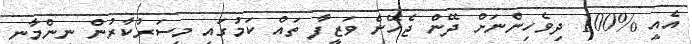
އެއީ %100 ދިވެހިންނަށް ދޭން ޖެހޭނެ ވަޒީފާ ތައް ކަމުގައި މިސަރުކާރުން ނިންމާނީ